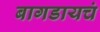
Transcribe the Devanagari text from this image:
बागडायचं